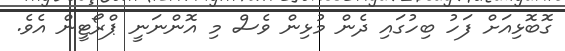
ގޮބޮޅިއަށް ފަހު ބިހުގައި ދެން މުޅިން ވެސް މި އޮންނަނީ ޕްރޯޓީން އެވެ.